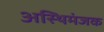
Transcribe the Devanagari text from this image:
अस्थिमंजक